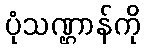
ပုံသဏ္ဌာန်ကို